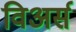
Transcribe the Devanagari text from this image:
विअर्स